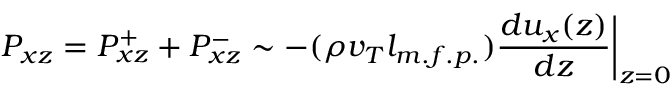
P _ { x z } = P _ { x z } ^ { + } + P _ { x z } ^ { - } \sim - ( \rho v _ { T } l _ { m . f . p . } ) \frac { d u _ { x } ( z ) } { d z } \bigg | _ { z = 0 }